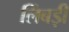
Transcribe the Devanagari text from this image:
लिंबड़ी